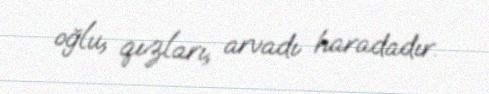
oğlu, qızları, arvadı haradadır.